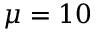
\mu = 1 0